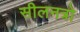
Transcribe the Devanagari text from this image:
सीलनत्रो